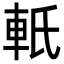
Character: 軝